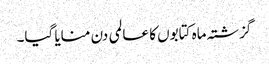
گزشتہ ماہ کتابوں کا عالمی دن منایا گیا۔